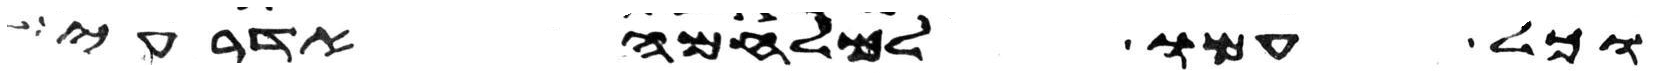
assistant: וכל עמו למלחמה אדרעי